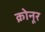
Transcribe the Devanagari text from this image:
क्रोनूर